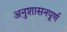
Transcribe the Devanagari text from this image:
अनुशासनपूर्ण